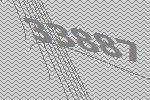
33887